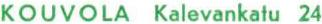
KOUVOLA Kalevankatu 24